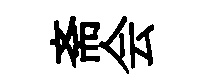
斋会